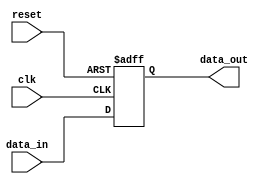
module negative_edge_sensitive_block (
    input wire clk,            // Clock signal
    input wire reset,          // Asynchronous reset signal
    input wire [3:0] data_in,  // Input data signal
    output reg [3:0] data_out  // Output data signal
);

// Initial state
initial begin
    data_out = 4'b0000;       // Set initial output to zero
end

// Always block sensitive to the negative edge of the clock
always @(negedge clk or posedge reset) begin
    if (reset) begin
        data_out <= 4'b0000;  // Reset output to zero on reset signal
    end else begin
        // State transition logic
        // Example: Simple data latch on negative edge
        data_out <= data_in;   // Update output with input data
    end
end

endmodule